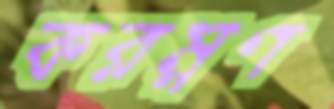
করম্নণ